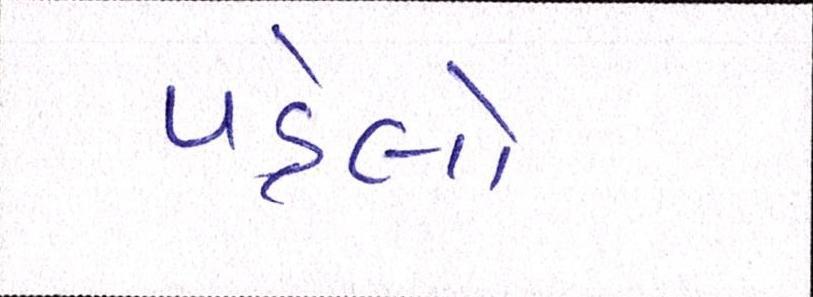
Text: પહેલો